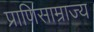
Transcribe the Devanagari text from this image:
प्राणिसाम्राज्य